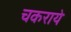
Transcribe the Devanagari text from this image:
चकराये